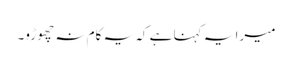
میرا یہ کہنا ہے کہ یہ کام نہ چھوڑو۔